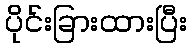
ပိုင်းခြားထားပြီး